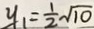
y _ { 1 } = \frac { 1 } { 2 } \sqrt { 1 0 }